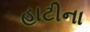
હાટીના